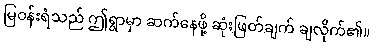
မြဝန်းရံသည် ဤရွာမှာ ဆက်နေဖို့ ဆုံးဖြတ်ချက် ချလိုက်၏။